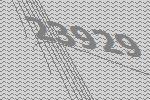
23929